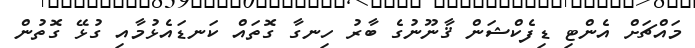
މައްޗަށް އެންޓި ޑިފެކްޝަން ޤާނޫނުގެ ބާރު ހިނގާ ގޮތައް ކަނޑައެޅުމާއި ގުޅޭ ގޮތުން